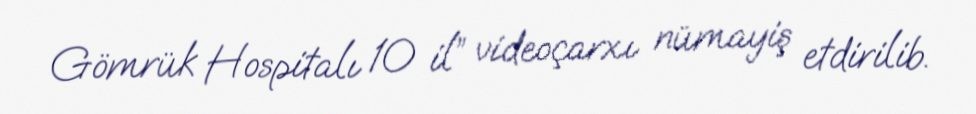
Gömrük Hospitalı 10 il” videoçarxı nümayiş etdirilib.